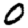
Digit: 0